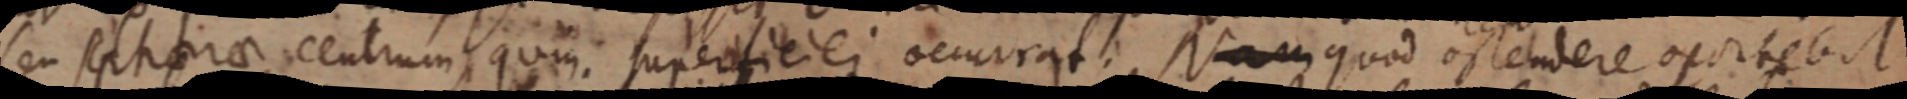
seu spherae centrum, quim superficiei occurrat: Nam quod ostendere oportebit